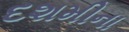
દશમીના